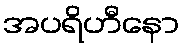
အပရိဟီနော